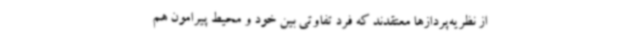
از نظریه‌پردازها معتقدند که فرد تفاوتی بین خود و محیط پیرامون هم